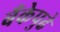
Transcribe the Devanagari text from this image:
बँकेपुढे